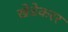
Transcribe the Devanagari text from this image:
खेडेकरर